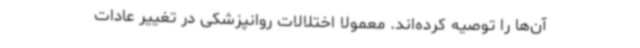
آن‌ها را توصیه کرده‌اند. معمولا اختلالات روانپزشکی در تغییر عادات